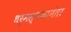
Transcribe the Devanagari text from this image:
धर्मस्थळानंतर